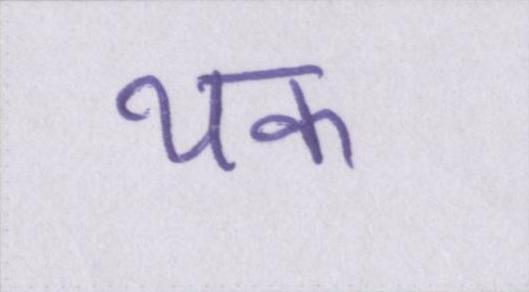
थक